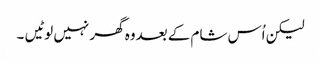
لیکن اُس شام کے بعدوہ گھر نہیں لوٹیں ۔